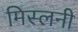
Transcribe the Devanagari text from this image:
मिस्लनी